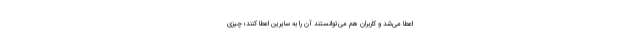
اعطا می‌شد و کاربران هم می‌توانستند آن را به سایرین اعطا کنند؛ چیزی